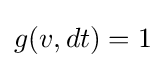
g(v,dt)=1